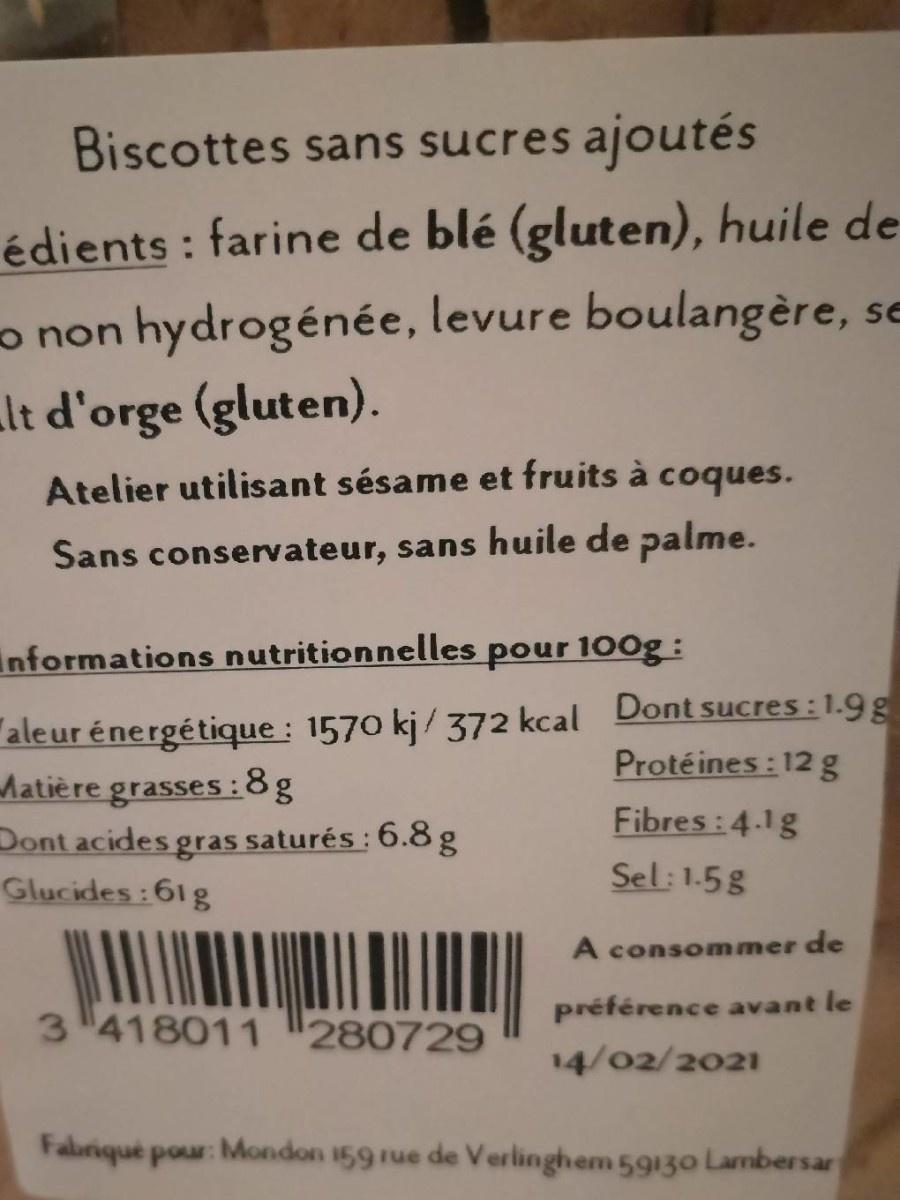
Biscottes sans sucres ajoutés édients : farine de blé (gluten), huile de o non hydrogénée, levure boulangère, se lt d'orge (gluten). Atelier utilisant sésame et fruits à coques. Sans conservateur, sans huile de palme. informations nutritionnelles pour 100g : "aleur énergétique : 1570 kj/ 372 kcal Dont sucres :1.9g Matiè re grasses :8g Dont acides gras saturés : 6.8 g Glucides:61g Protéines : 12 g Fibres : 4.1g Sel: 1.5g A consommer de préférence avant le 3 418011 "280729 14/02/2021 Fabriqué pour: Mondon 159 rue de Verlinghem 59130 Lambersar